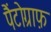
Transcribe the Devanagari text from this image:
पैंटोग्राफ़